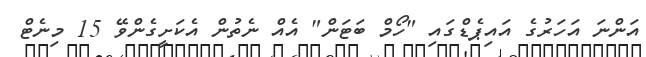
އަންނަ އަހަރުގެ އައިޕެޑްގައި "ހޯމް ބަޓަން" އެއް ނެތުން އެކަށީގެންވޭ 15 މިނެޓް